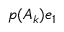
p ( A _ { k } ) e _ { 1 }